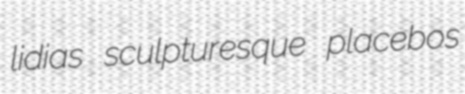
lidias sculpturesque placebos